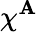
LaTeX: \chi^{\mathbf{A}}